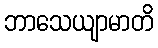
ဘာသေယျာမာတိ